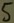
Text: 5